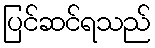
ပြင်ဆင်ရသည်